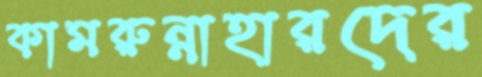
কামরুন্নাহারদের